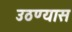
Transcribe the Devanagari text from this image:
उठण्यास